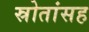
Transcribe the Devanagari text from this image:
स्रोतांसह